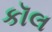
કૉલ